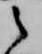
之